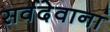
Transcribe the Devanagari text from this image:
सर्वदेवानां